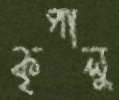
কৃপালু